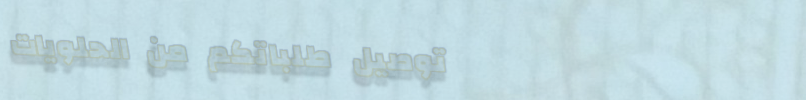
توصيل طلباتكم من الحلويات